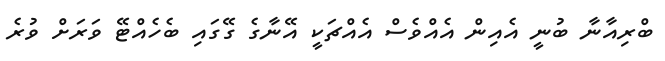
ބްރިއާނާ ބުނީ އެއިން އެއްވެސް އެއްޗަކީ އޭނާގެ ގޭގައި ބެހެއްޓޭ ވަރަށް ވުރެ